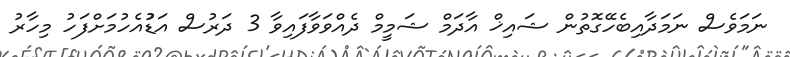
ނަމަވެސް ނަމަދާއިބެހޭގޮތުން ޝައިޚް އާދަމް ޝަމީމް ދެއްވަވާފައިވާ 3 ދަރުސް އަޑުުއެހުމަށްފަހު މިހާރު